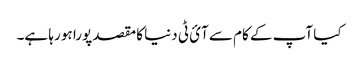
کیا آپ کے کام سے آئ ٹی دنیا کا مقصد پورا ہو رہا ہے۔